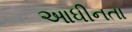
આધીનતા